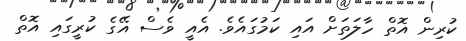
ކުރިން އޮތް ހާލަތަށް އައި ކަމުގައެވެ. އެއީ ވެސް އޭގެ ކުރީގައި އޮތް